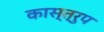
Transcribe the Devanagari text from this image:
कास्त्रुप